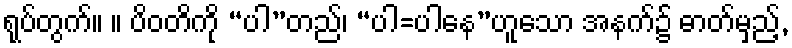
ရုပ်တွက်။ ။ ပိဝတိကို “ပါ”တည်၊ “ပါ=ပါနေ”ဟူသော အနက်၌ ဓာတ်မှည့်,